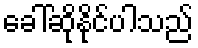
ခေါ်ဆိုနိုင်ပါသည်